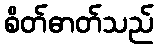
စိတ်ဓာတ်သည်